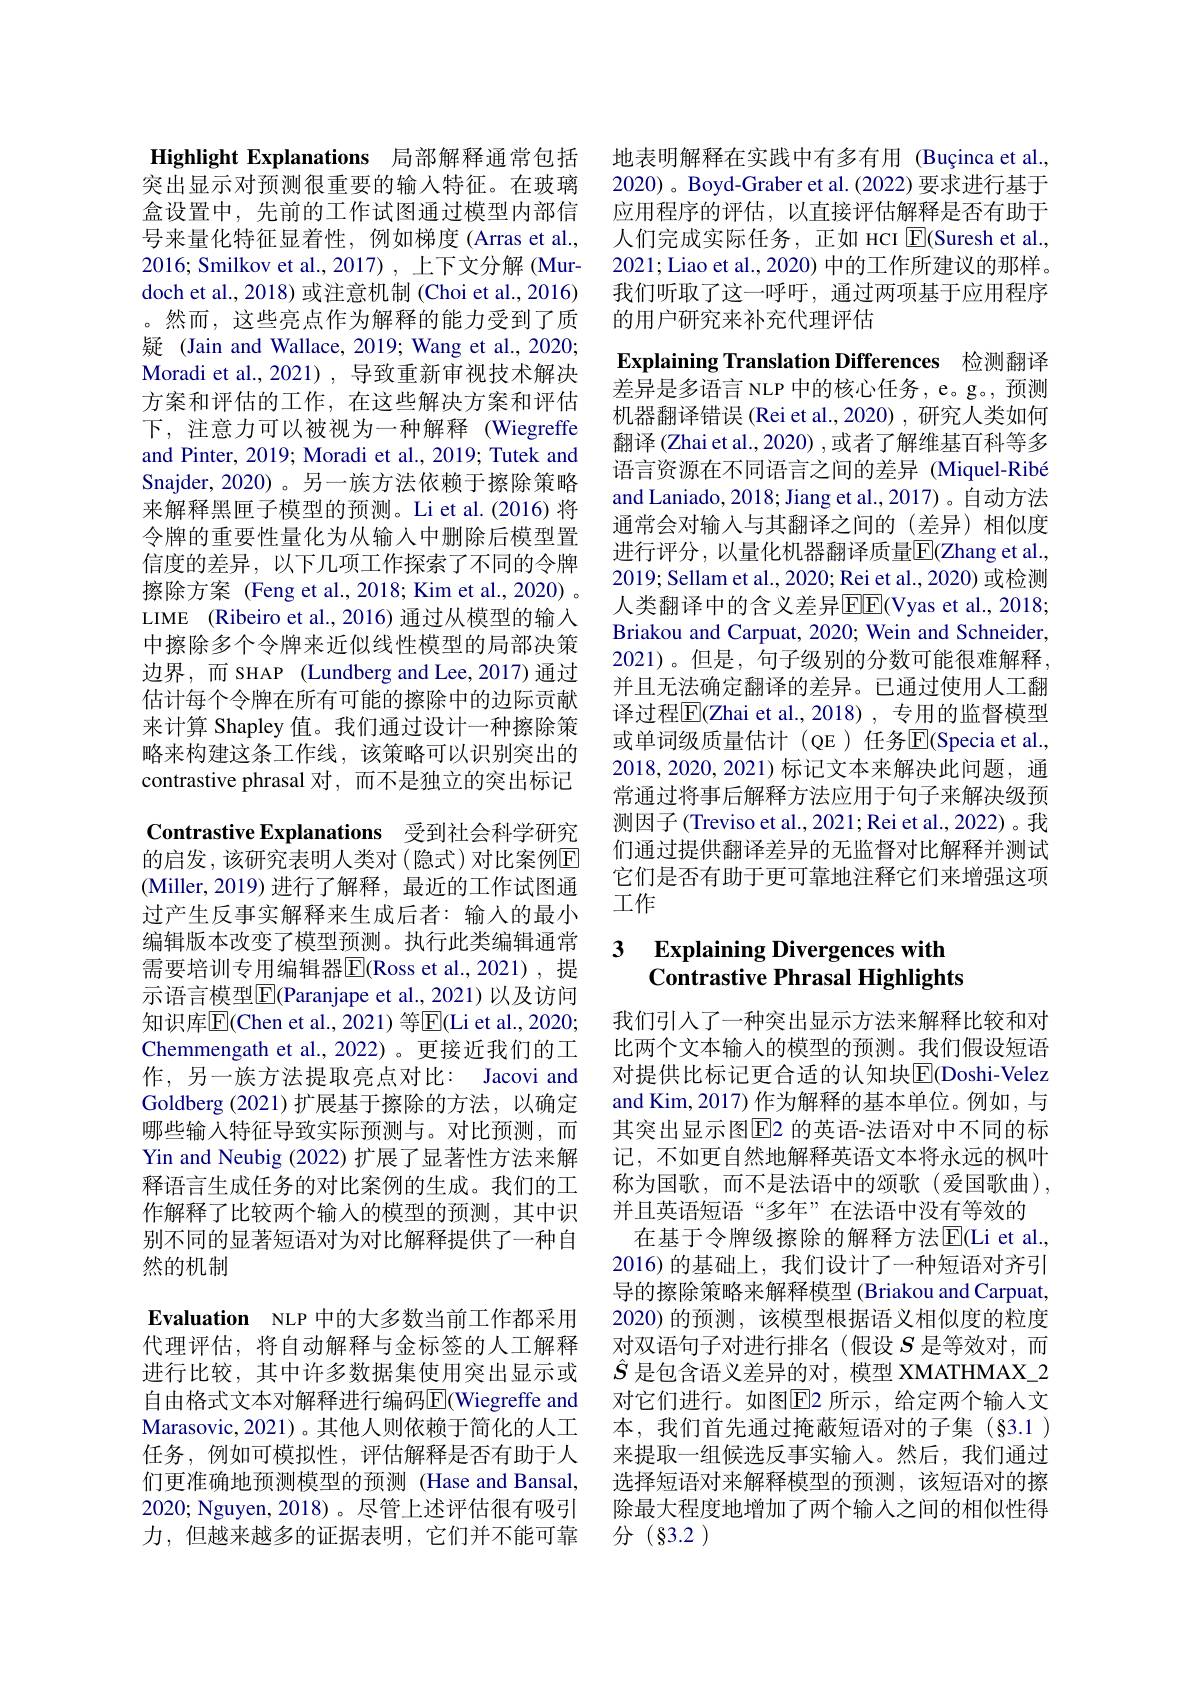
Highlight Explanations 局部解释通常包括

突出显示对预测很重要的输入特征。在玻璃盒设置中，先前的工作试图通过模型内部信号来量化特征显着性，例如梯度(Arras et al., 2016; Smilkov et al., 2017) , 上下文分解 (Murdoch et al., 2018) 或注意机制 (Choi et al., 2016) 。然而，这些亮点作为解释的能力受到了质疑 (Jain and Wallace, 2019; Wang et al., 2020; Moradi et al., 2021), 导致重新审视技术解决方案和评估的工作，在这些解决方案和评估下，注意力可以被视为一种解释 (Wiegreffe and Pinter, 2019; Moradi et al., 2019; Tutek and Snajder, 2020) 。另一族方法依赖于擦除策略来解释黑匣子模型的预测。Li et al.(2016) 将令牌的重要性量化为从输入中删除后模型置信度的差异，以下几项工作探索了不同的令牌擦除方案 (Feng et al.,2018; Kim et al.,2020) 。LIME (Ribeiro et al., 2016) 通过从模型的输入中擦除多个令牌来近似线性模型的局部决策边界，而 SHAP (Lundberg and Lee,2017)通过估计每个令牌在所有可能的擦除中的边际贡献来计算 Shapley 值。我们通过设计一种擦除策略来构建这条工作线，该策略可以识别突出的contrastive phrasal 对，而不是独立的突出标记Contrastive Explanations 受到社会科学研究的启发，该研究表明人类对(隐式)对比案例$\mathbb{E}$ (Miller,2019)进行了解释，最近的工作试图通过产生反事实解释来生成后者：输入的最小编辑版本改变了模型预测。执行此类编辑通常需要培训专用编辑器$\overline{\mathrm{E}}($Ross et al.,2021),提示语言模型|E(Paranjape et al.,2021)以及访问知识库$\overline{\mathrm{E}}($Chen et al., 2021) 等$\overline{\mathrm{E}}($Li et al., 2020; Chemmengath et al.,2022)。更接近我们的工作，另一族方法提取亮点对比：Jacovi and Goldberg (2021)扩展基于擦除的方法，以确定哪些输入特征导致实际预测与。对比预测，而Yin and Neubig (2022) 扩展了显著性方法来解释语言生成任务的对比案例的生成。我们的工作解释了比较两个输入的模型的预测，其中识别不同的显著短语对为对比解释提供了一种自然的机制
Evaluation NLP 中的大多数当前工作都采用代理评估，将自动解释与金标签的人工解释进行比较，其中许多数据集使用突出显示或

自由格式文本对解释进行编码$\overline{\mathrm{E}}($Wiegreffe and Marasovic, 2021)。其他人则依赖于简化的人工任务，例如可模拟性，评估解释是否有助于人们更准确地预测模型的预测 (Hase and Bansal, 2020; Nguyen, 2018)。尽管上述评估很有吸引力，但越来越多的证据表明，它们并不能可靠

地表明解释在实践中有多有用 (Buçinca et al., 2020)。Boyd-Graber et al. (2022) 要求进行基于应用程序的评估，以直接评估解释是否有助于人们完成实际任务，正如 HCI E(Suresh et al., 2021; Liao et al., 2020) 中的工作所建议的那样。我们听取了这一呼吁，通过两项基于应用程序的用户研究来补充代理评估

Explaining Translation Differences 检测翻译$\tilde{\text{差异是多语言 NLP 中的核心任务，e。g。,预测}}$

机器翻译错误 (Rei et al.,2020) , 研究人类如何翻译 (Zhai et al., 2020) , 或者了解维基百科等多语言资源在不同语言之间的差异 (Miquel-Ribé and Laniado, 2018; Jiang et al., 2017) 。自动方法通常会对输入与其翻译之间的(差异)相似度进行评分，以量化机器翻译质量$\overline{\mathbb{E}}($Zhang et al., 2019; Sellam et al., 2020; Rei et al., 2020) 或检测人类翻译中的含义差异$\overline{\mathrm{E}}\underline{\mathrm{E}}\underline{\mathrm{E}}($Vyas et al., 2018; Briakou and Carpuat, 2020; Wein and Schneider, 2021)。但是，句子级别的分数可能很难解释， 并且无法确定翻译的差异。已通过使用人工翻译过程$\overline{\mathbb{E}}($Zhai et al.,2018), 专用的监督模型或单词级质量估计(QE)任务$\overline{\mathrm{E}}($Specia et al., 2018,2020,2021)标记文本来解决此问题，通常通过将事后解释方法应用于句子来解决级预测因子(Treviso et al., 2021; Rei et al., 2022)。我们通过提供翻译差异的无监督对比解释并测试它们是否有助于更可靠地注释它们来增强这项工作

## 3 Explaining Divergences with Contrastive Phrasal Highlights

我们引人了一种突出显示方法来解释比较和对比两个文本输入的模型的预测。我们假设短语对提供比标记更合适的认知块[E](Doshi-Velez and Kim, 2017) 作为解释的基本单位。例如，与其突出显示图$\overline{\mathrm{E}}$2 的英语-法语对中不同的标记，不如更自然地解释英语文本将永远的枫叶称为国歌，而不是法语中的颂歌(爱国歌曲), 并且英语短语“多年”在法语中没有等效的
在基于令牌级擦除的解释方法E|Ci et al., 2016)的基础上，我们设计了一种短语对齐引导的擦除策略来解释模型 (Briakou and Carpuat, 2020) 的预测，该模型根据语义相似度的粒度对双语句子对进行排名(假设$S$是等效对，而$\hat{S}$是包含语义差异的对，模型 XMATHMAX\_2对它们进行。如图$\boxed{\mathrm{F}}$2 所示，给定两个输入文本，我们首先通过掩蔽短语对的子集(§3.1) 来提取一组候选反事实输入。然后，我们通过选择短语对来解释模型的预测，该短语对的擦除最大程度地增加了两个输入之间的相似性得分(§3.2)